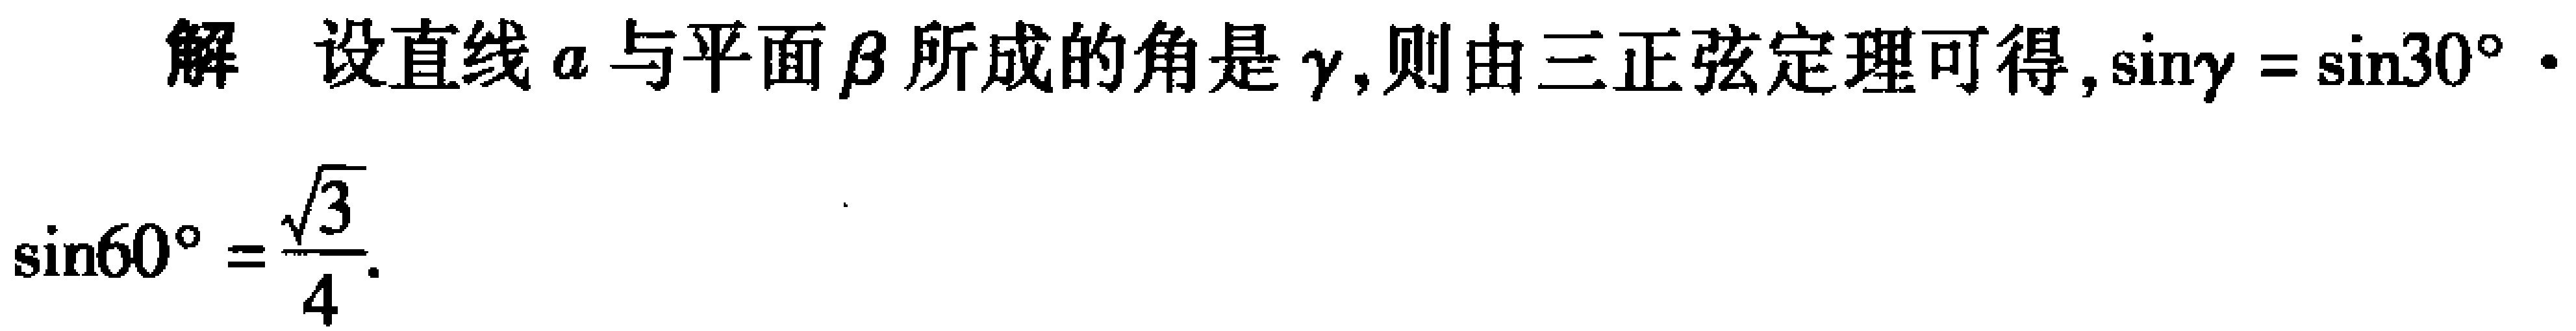
解 设直线\(a\)与平面\(\beta\)所成的角是\(\gamma\)，则由三正弦定理可得，\(\sin\gamma = \sin30^{\circ}\cdot\sin60^{\circ}=\frac{\sqrt{3}}{4}\)。